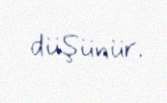
düşünür.